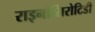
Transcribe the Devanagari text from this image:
राइनोसिरोटिडी